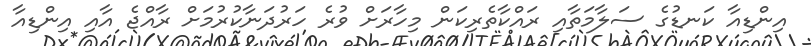
އިންޑިއާ ކަނޑުގެ ސަލާމަތާއި ރައްކާތެރިކަން މިހާރަށް ވުރެ ހަރުދަނާކުރުމަށް ރާއްޖެ އާއި އިންޑިއާ